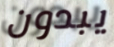
يبدون